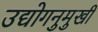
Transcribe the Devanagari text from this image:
उद्योगनुमुखी